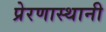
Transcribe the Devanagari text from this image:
प्रेरणास्थानी